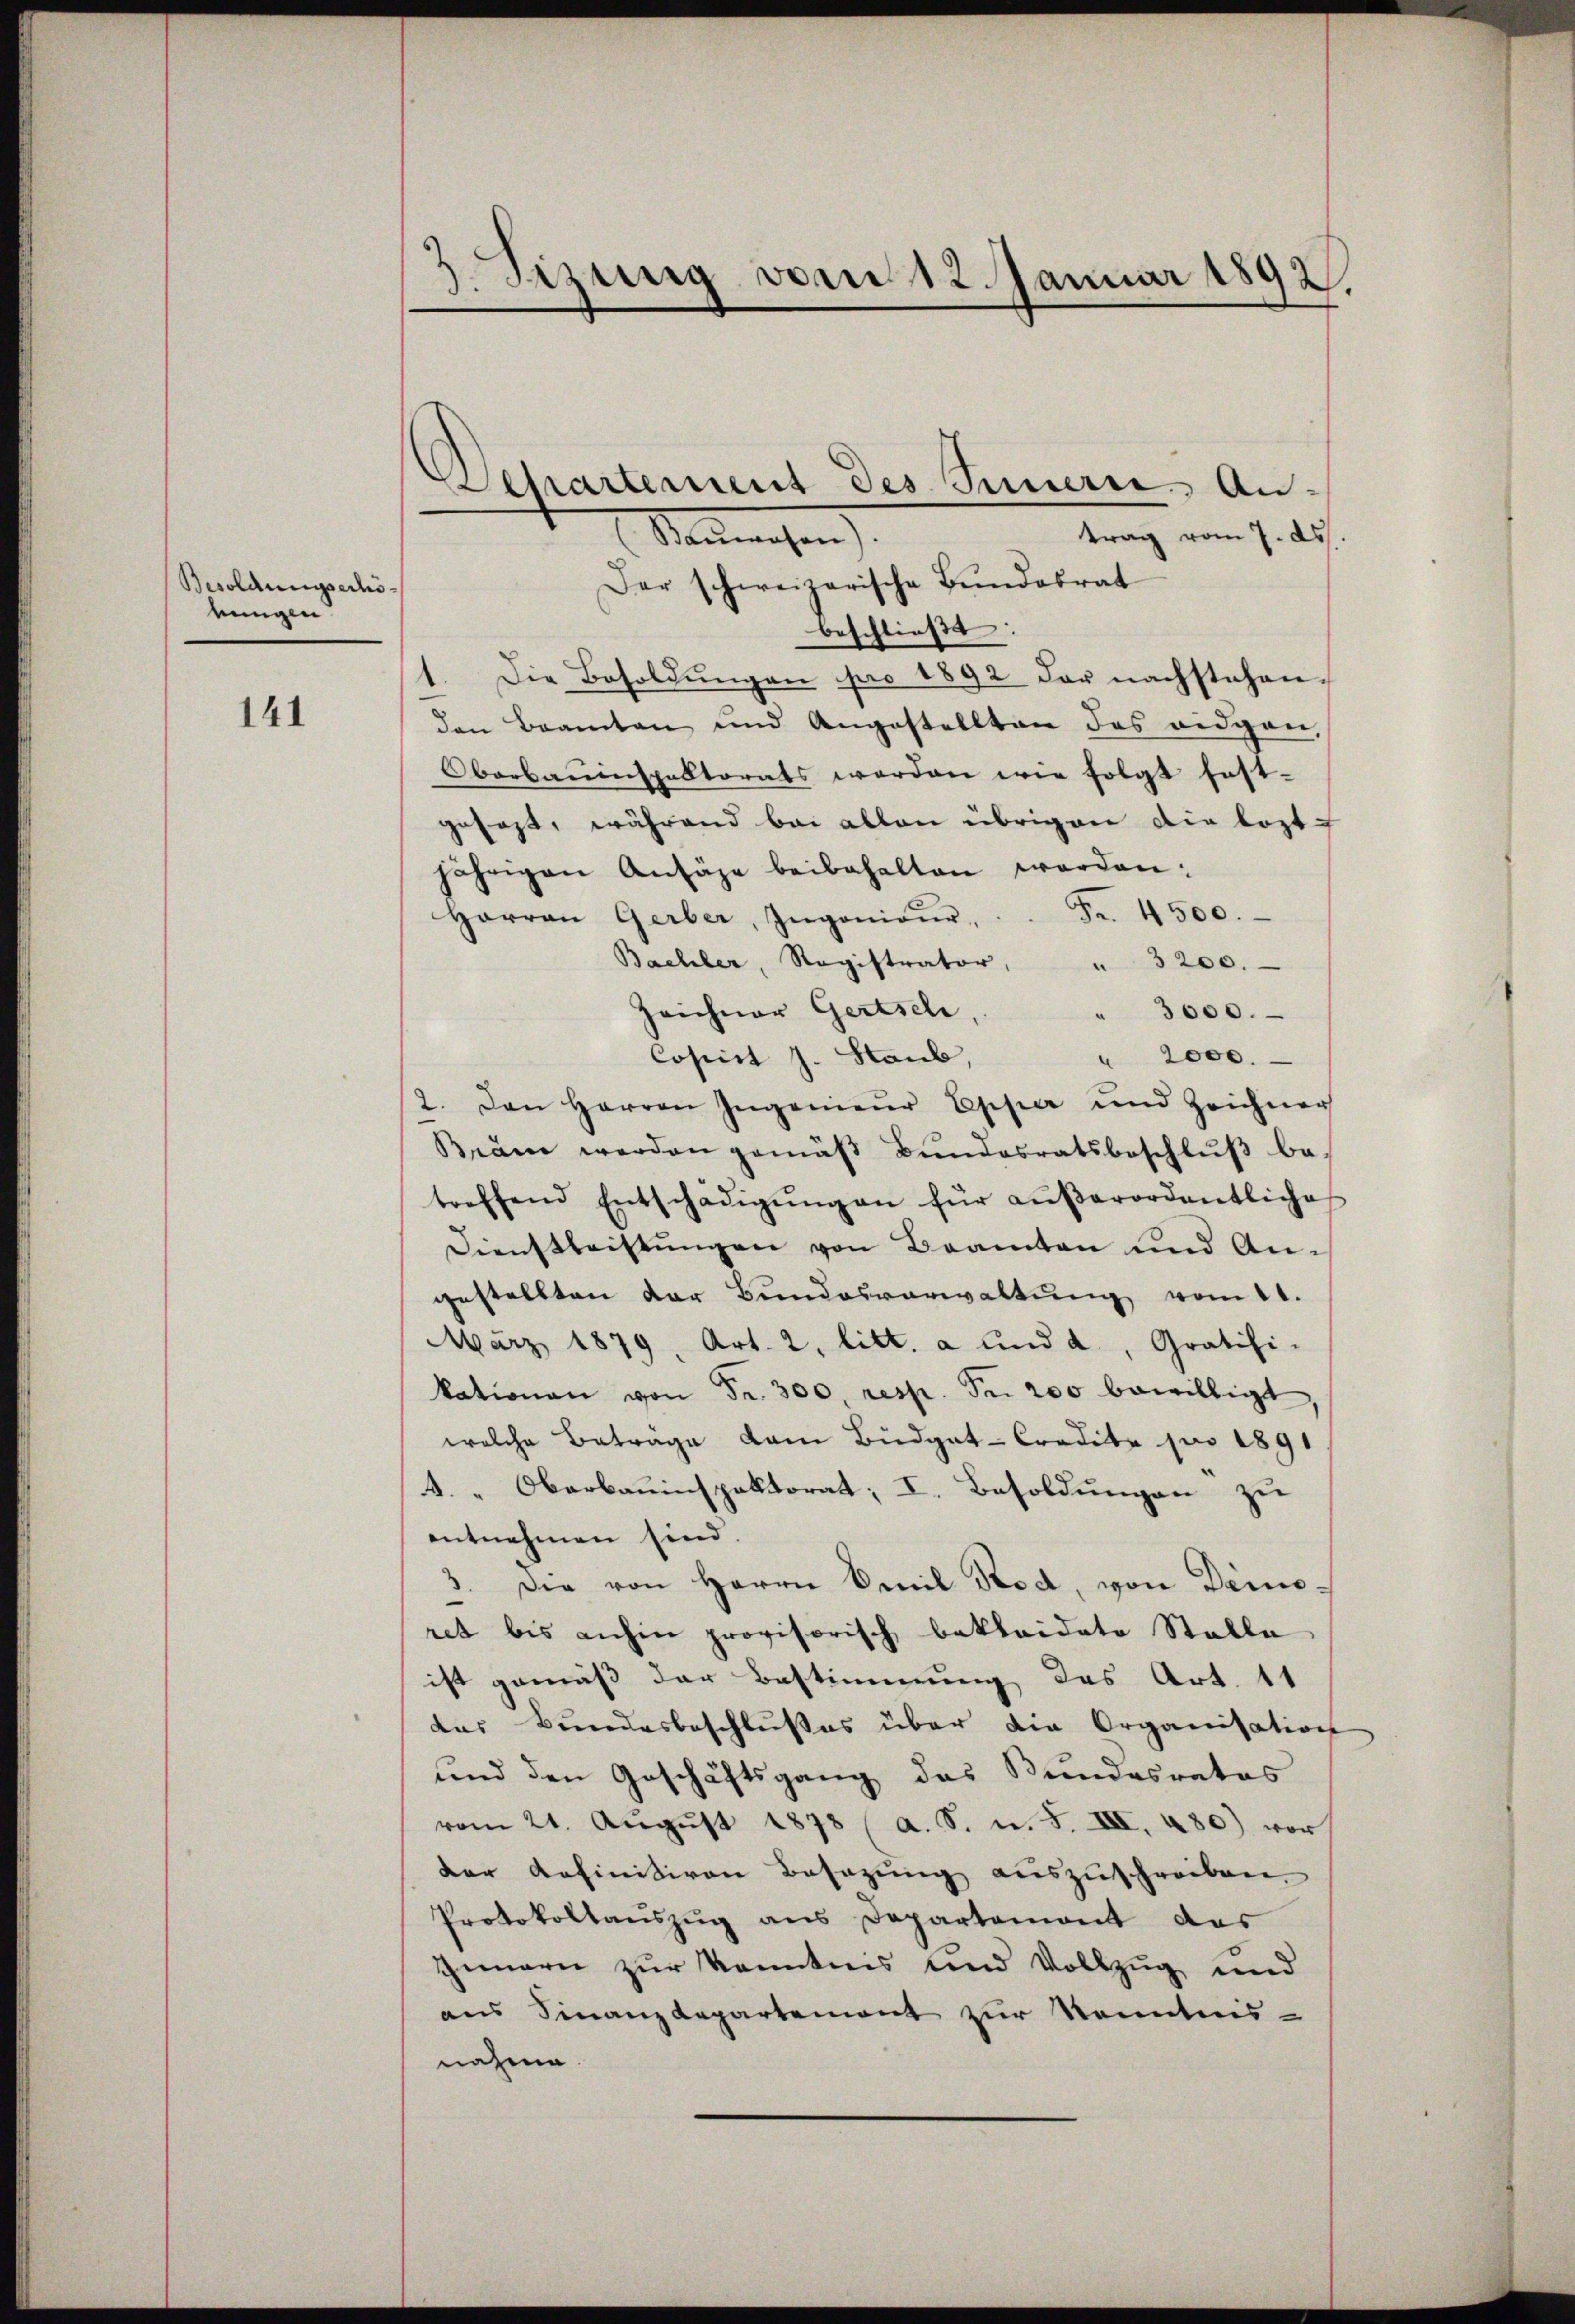
Besoldungserhökungen

141

3. Sitzung vom 12. Januar 1892
.

Departement des Innern. An-
trag vom 7. ds.
Nenmosen
Der schweizerische Bundesrat
beschließt:
1. Die Besoldŭngen pro 1892 der nachstehen-
den Beamten und Angestellten des eidgen,
Oberbauinspektorats werden wie folgt fest-
gefaßt, während bei allen übrigen die leztjährigen Ansäge beibehalten worden:
Harran Gerber, Ingenieŭr . . . Fr. 4500.
Bachler, Registrator, " 3200.
Zeichner Gertsch,
" 3000.
" 2000.
Copirt J. Staub,
2. Den Herren Ingenieŭr Epper und Zeichner
Bräm werden gemäβ Bŭndesratsbeschlŭβ be-
treffend Entschädigŭng an für aŭβerordentliche
Dienstleistungen von Beamten und Angestellten der Bŭndesverwaltŭng vom 11.
März 1879, Art. 2, litt. a und a., Gratifi-
kationen von Fr. 300, resp. Fr. 200 bewilligt
welche Betrage dem Budget-Credite pro 1891
A. Oberbauinspektorat; I. Besoldungen zu
entnehmen sind.
 Die von Herrn Emil Brod, von Dimis¬
2
ret bis anhin provisorisch bekleidete Stalle
ist gemäß der Bestimmung des Art. 11
das Bundesbeschlußes über die Organisations
und den Geschäftsgang des Bundesrates
vom 21. Aŭgŭst 1878 (a. S. u. S. III. 480) vor
der definitiven Besazung auszuschreiben.
Protokollanszug aus Departement das
Innern zur Kenntnis und Vollzug und
aus Finanzdepartement zur Kenntnis-
nahme